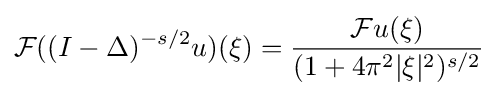
{\mathcal {F}}((I-\Delta )^{-s/2}u)(\xi )={\frac {{\mathcal {F}}u(\xi )}{(1+4\pi ^{2}\vert \xi \vert ^{2})^{s/2}}}